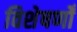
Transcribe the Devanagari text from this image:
विशेषणोँ